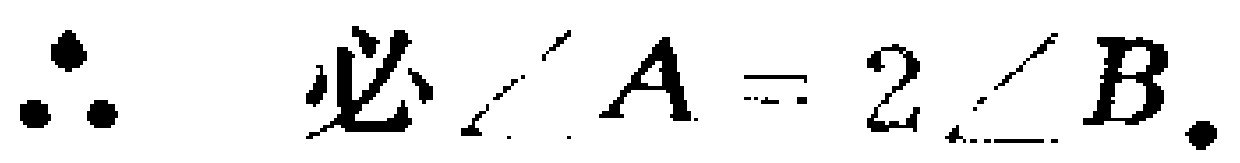
$\therefore \angle A = 2\angle B.$